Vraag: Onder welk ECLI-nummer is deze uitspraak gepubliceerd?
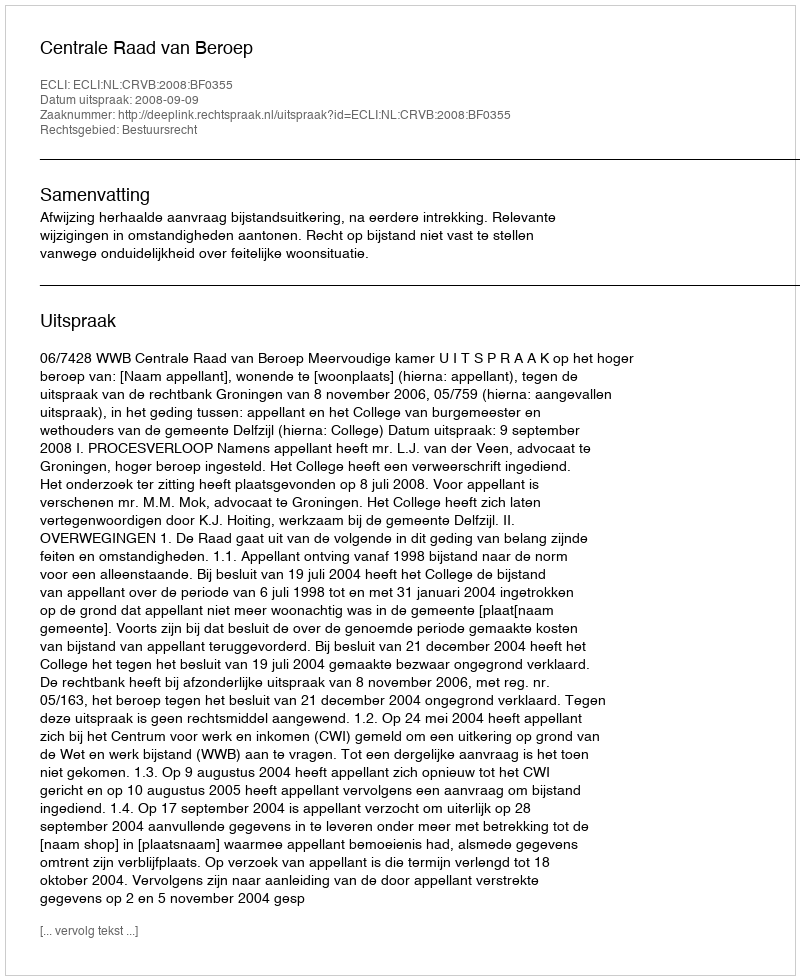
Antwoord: ECLI:NL:CRVB:2008:BF0355